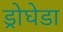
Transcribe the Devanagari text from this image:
ड्रोघेडा